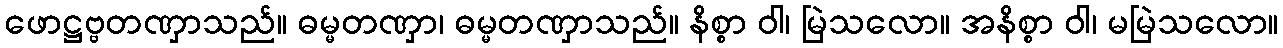
ဖောဋ္ဌဗ္ဗတဏှာသည်။ ဓမ္မတဏှာ၊ ဓမ္မတဏှာသည်။ နိစ္စာ ဝါ၊ မြဲသလော။ အနိစ္စာ ဝါ၊ မမြဲသလော။